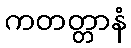
ကတတ္တာနံ